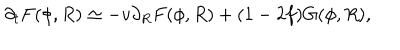
LaTeX: \partial _ { t } F ( \phi , R ) \simeq - v \partial _ { R } F ( \phi , R ) + ( 1 - 2 f ) G ( \phi , R ) ,